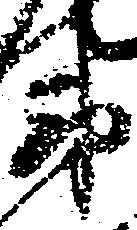
衛